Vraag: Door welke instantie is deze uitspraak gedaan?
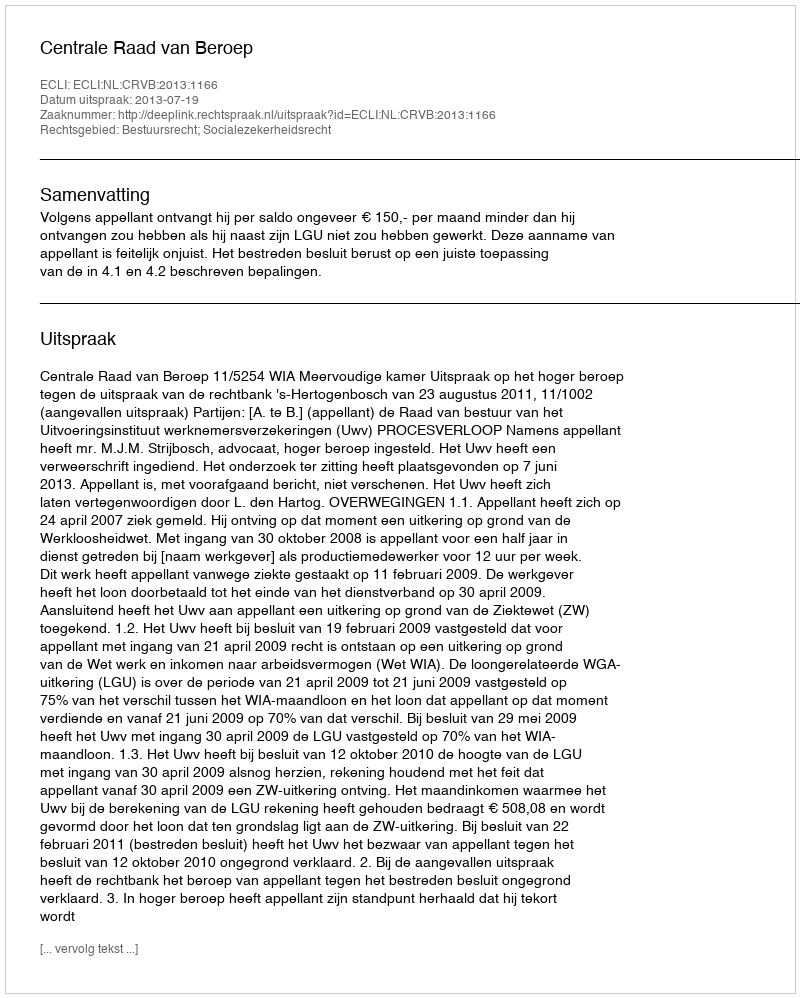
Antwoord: Centrale Raad van Beroep